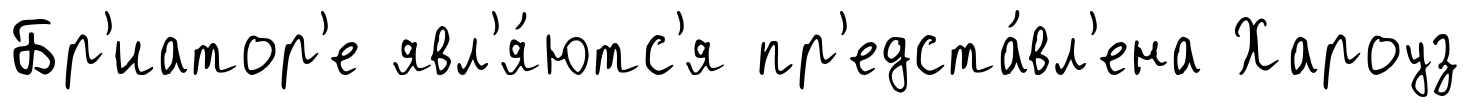
Бр'иатор'е явл'я́ютс'я пр'едста́вл'ена Хароуз